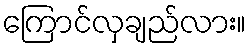
ကြောင်လှချည်လား။